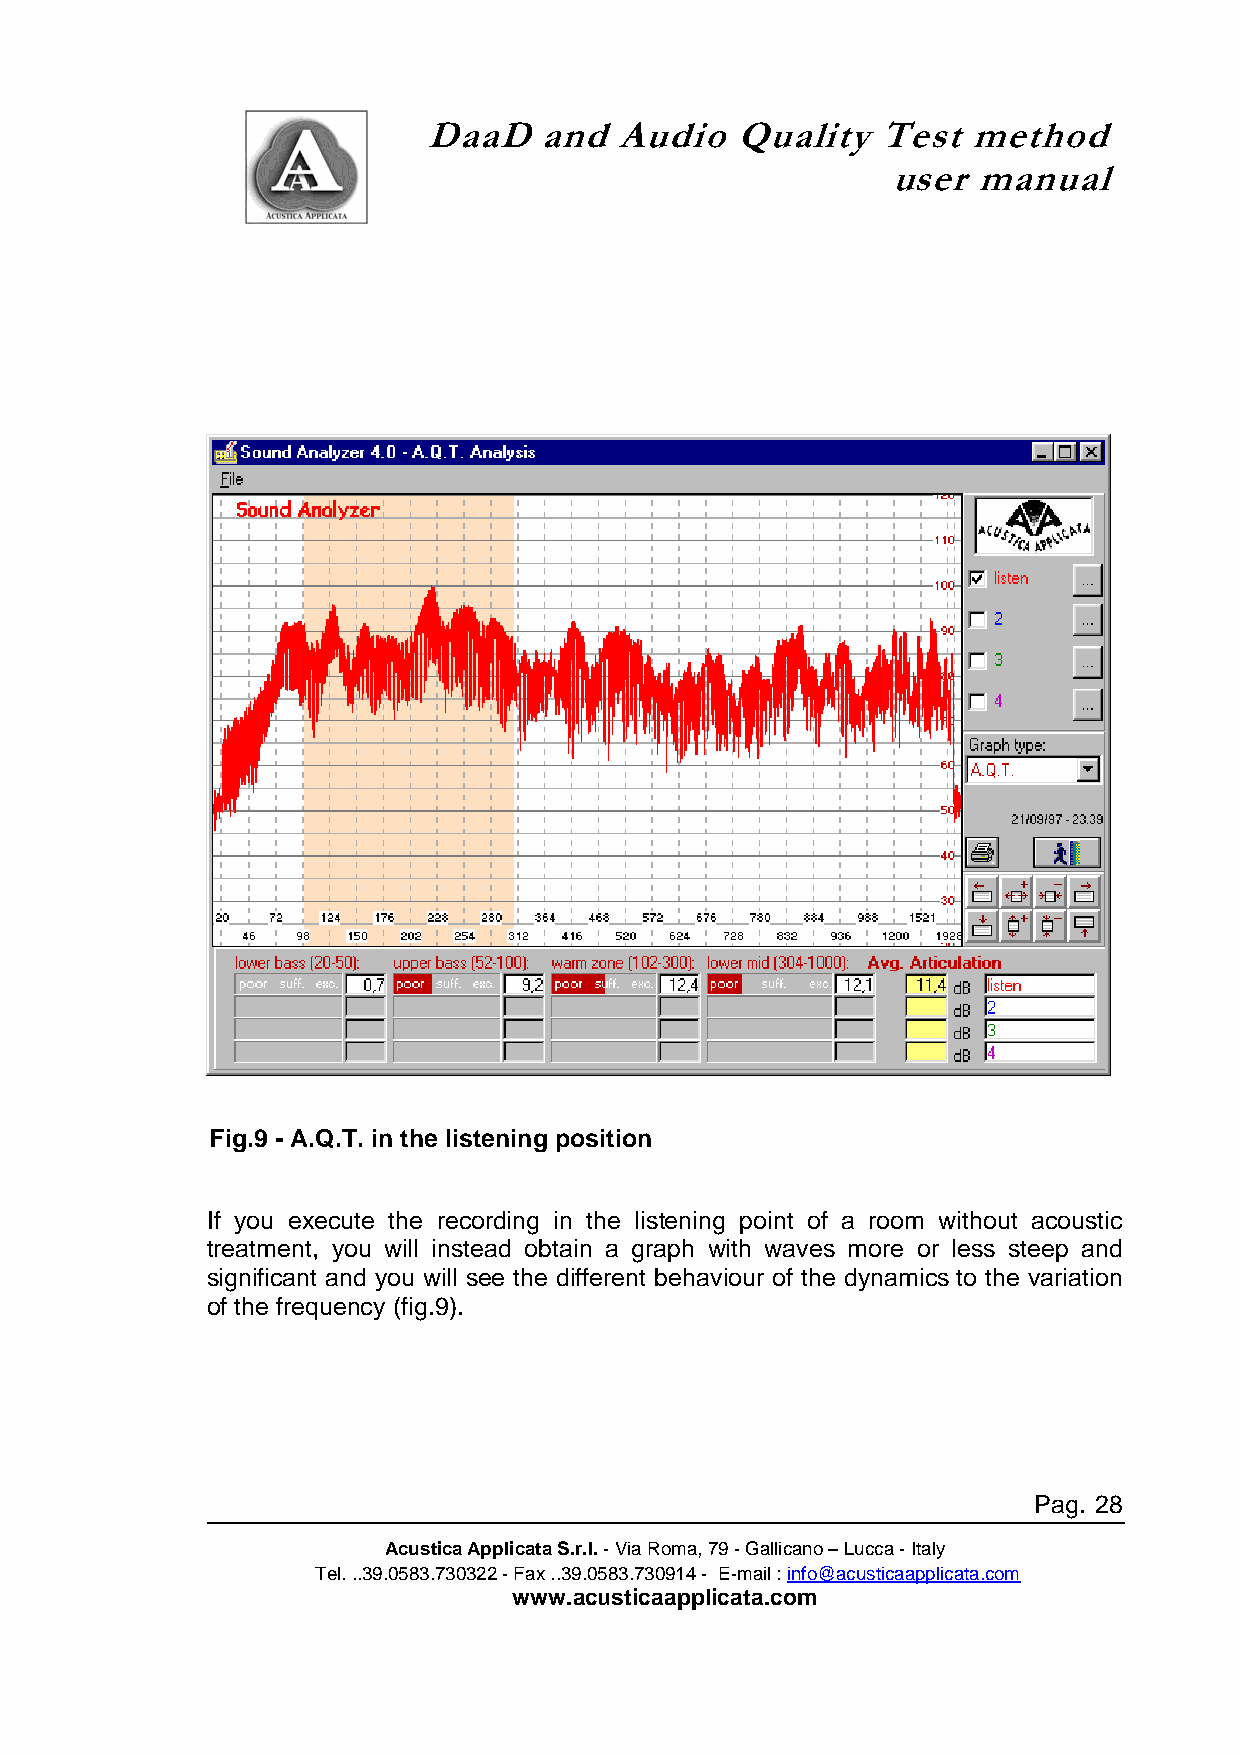
DaaD    and  Audio   Quality  Test  method
 user  manual
 Fig.9 - A.Q.T. in the listening position
 If you execute the recording in the listening point of a room without acoustic
 treatment, you will instead obtain a graph with waves more or less steep and
 significant and you will see the different behaviour of the dynamics to the variation
 of the frequency (fig.9).
 Pag. 28
 Acustica Applicata S.r.l. - Via Roma, 79 - Gallicano – Lucca - Italy
 Tel. ..39.0583.730322 - Fax ..39.0583.730914 - E-mail : info@acusticaapplicata.com
 www.acusticaapplicata.com